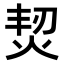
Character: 𤉟